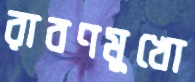
রাবণমুখো